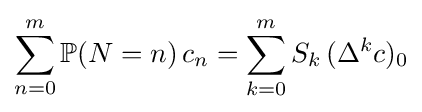
\sum _{n=0}^{m}\mathbb {P} (N=n)\,c_{n}=\sum _{k=0}^{m}S_{k}\,(\Delta ^{k}c)_{0}